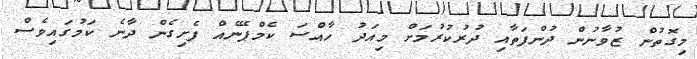
މިގޮތުން ޒުވާނުން ދުންފަތާއި ދުރުކުރުމަށް މިއަދު ހާއްސަ ކެމްޕޭނެއް ފެށިގެން ދާނެ ކަމުގައިވެސް